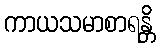
ကာယသမာစာရန္တိ